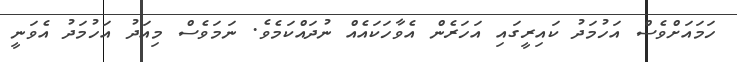
ހަމައަަށްވެސް އަހުމަދު ކައިރީގައި އަހަރެން އެވާހަކައެއް ނުދައްކަމެވެ. ނަމަވެސް މިއަދު އަހުމަދު އެވަނީ